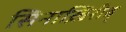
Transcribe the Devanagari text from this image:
सिनाख़िरीब्